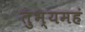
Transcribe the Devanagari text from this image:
तुभ्यमहं